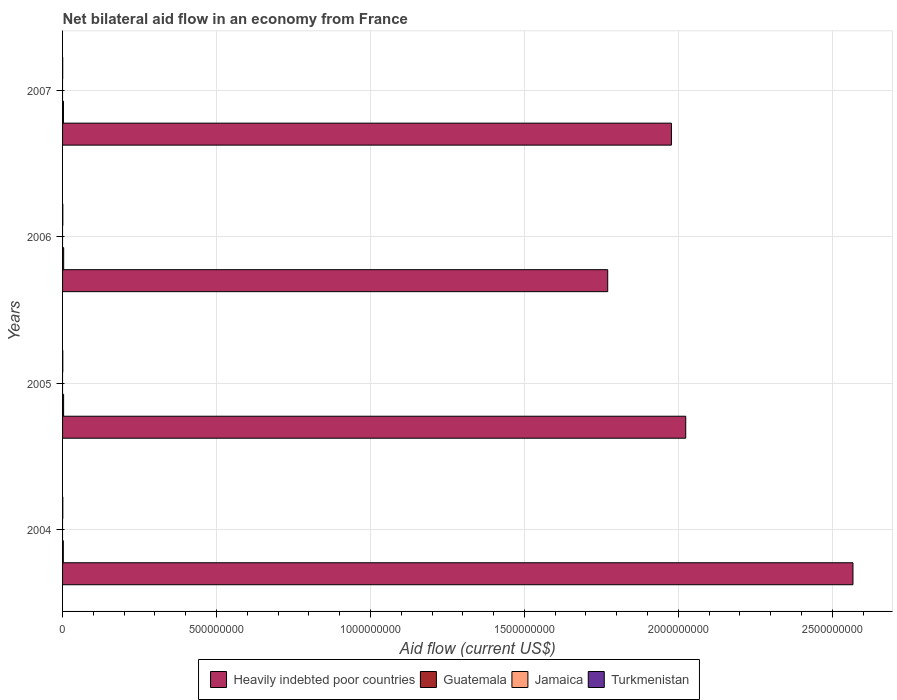
| Years | Heavily indebted poor countries | Guatemala | Jamaica | Turkmenistan |
 | --- | --- | --- | --- | --- |
 | 2004 | 2.57e+09 | 2.41e+06 | -1.52e+06 | 7.7e+05 |
 | 2005 | 2.02e+09 | 3.37e+06 | -1.35e+06 | 6.8e+05 |
 | 2006 | 1.77e+09 | 3.59e+06 | -1.31e+06 | 8e+05 |
 | 2007 | 1.98e+09 | 2.86e+06 | -1.18e+06 | 3.8e+05 |